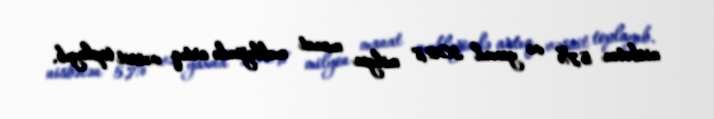
nisbətən 5,7% və yaxud 302,8 milyon manat məbləğində artıq vəsait toplayıb.